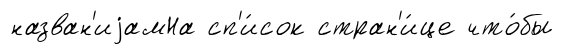
назван'иjамНа сп'и́сок стран'и́це что́бы